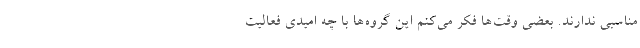
مناسبی ندارند. بعضی وقت‌ها فکر می‌کنم این گروه‌ها با چه امیدی فعالیت